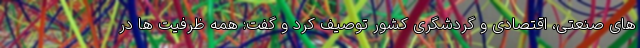
های صنعتی، اقتصادی و گردشگری کشور توصیف کرد و گفت: همه ظرفیت ها در